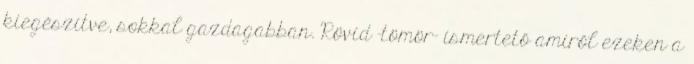
kiegészítve, sokkal gazdagabban. Rövid -tömör- ismertető amiről ezeken a